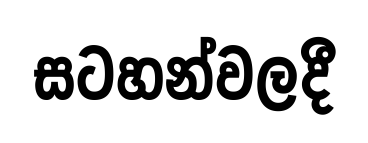
සටහන්වලදී